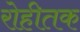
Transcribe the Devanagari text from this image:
रोहीतक